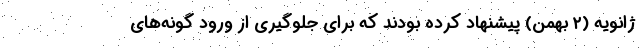
ژانویه (۲ بهمن) پیشنهاد کرده بودند که برای جلوگیری از ورود گونه‌های